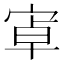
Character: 𭓶